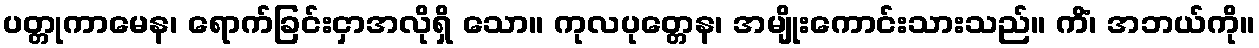
ပတ္တုကာမေန၊ ရောက်ခြင်းငှာအလိုရှိ သော။ ကုလပုတ္တေန၊ အမျိုးကောင်းသားသည်။ ကိံ၊ အဘယ်ကို။